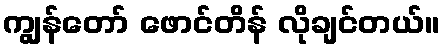
ကျွန်တော် ဖောင်တိန် လိုချင်တယ်။